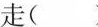
走( ) 哭( )